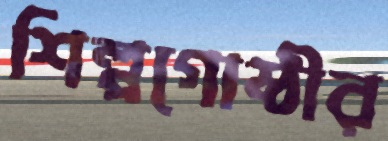
শিল্পগোষ্ঠীর